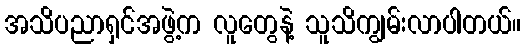
အသိပညာရှင်အဖွဲ့က လူတွေနဲ့ သူသိကျွမ်းလာပါတယ်။